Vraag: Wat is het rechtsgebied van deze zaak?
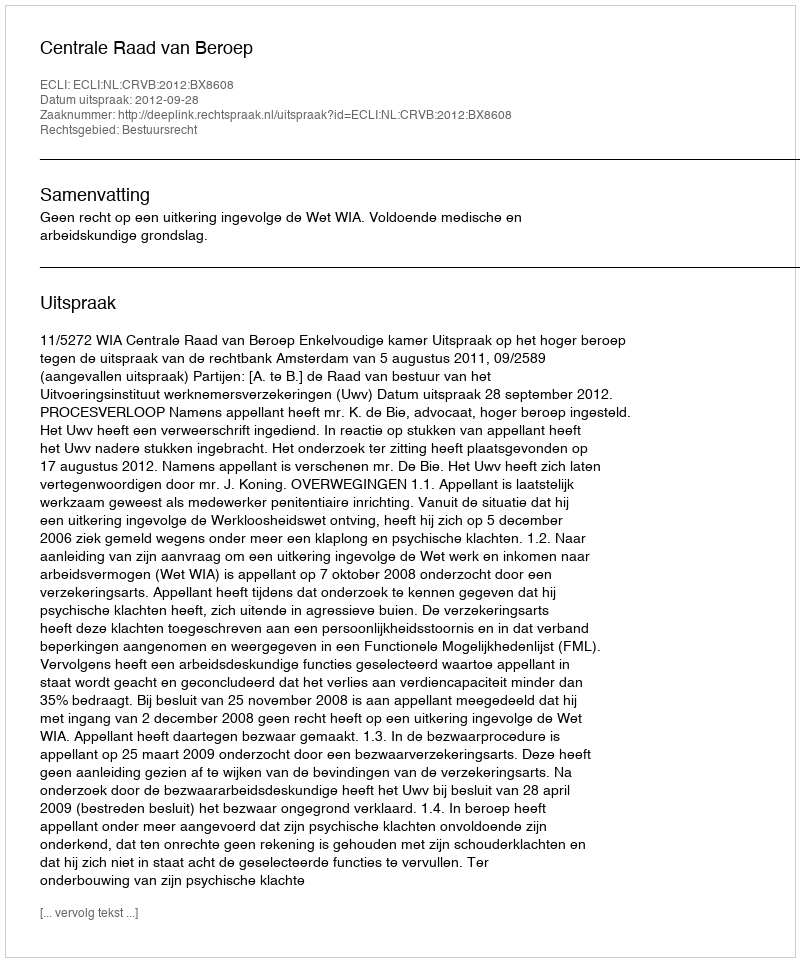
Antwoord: Bestuursrecht